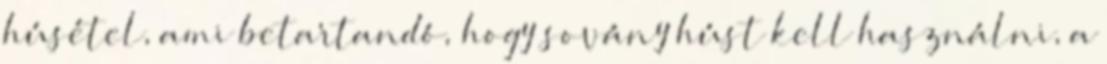
húsétel, ami betartandó, hogy sovány húst kell használni, a